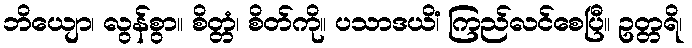
ဘိယျော၊ လွန်စွာ။ စိတ္တံ၊ စိတ်ကို။ ပသာဒယိံ၊ ကြည်လင်စေပြီ။ ဥတ္တရိ၊